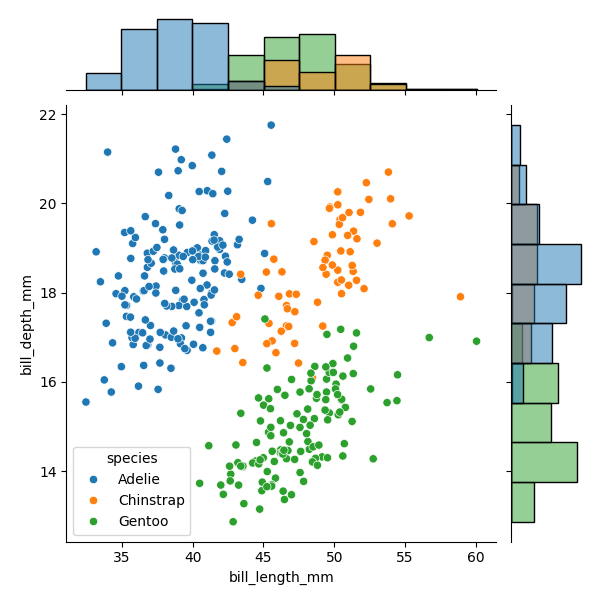
python, seaborn, JointGrid, scatterplot, histplot, hue